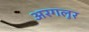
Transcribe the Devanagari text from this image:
अरगलुर